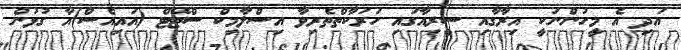
އަދި އެ މީހުންނަކީ އިރާގާއި ސީރިއާގައި ހަރަކާތްތެރިވާ އިސްލާމިކް ސްޓޭޓް (އައިއެސް)އާ ގުޅުން